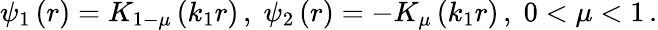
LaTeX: \psi_{1}\left(r\right)=K_{1-\mu}\left(k_{1}r\right)\, ,\; \psi_{2}\left(r\right)=-K_{\mu}\left(k_{1}r\right)\, ,\; 0<\mu<1\, .